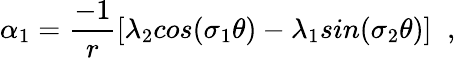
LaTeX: \alpha_{1}=\frac{-1}{r}[\lambda_{2}cos(\sigma_{1}\theta)-\lambda_{1}sin(\sigma_{2}\theta)]\; \; ,